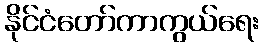
နိုင်ငံတော်ကာကွယ်ရေး